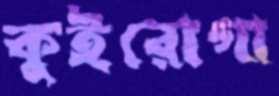
কুইরোগা